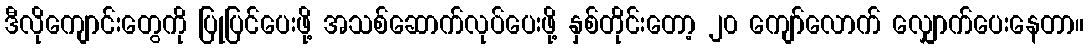
ဒီလိုကျောင်းတွေကို ပြုပြင်ပေးဖို့ အသစ်ဆောက်လုပ်ပေးဖို့ နှစ်တိုင်းတော့ ၂၀ ကျော်လောက် လျှောက်ပေးနေတာ။